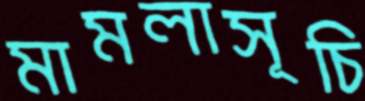
মামলাসূচি